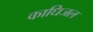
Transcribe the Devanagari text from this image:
काधिजल